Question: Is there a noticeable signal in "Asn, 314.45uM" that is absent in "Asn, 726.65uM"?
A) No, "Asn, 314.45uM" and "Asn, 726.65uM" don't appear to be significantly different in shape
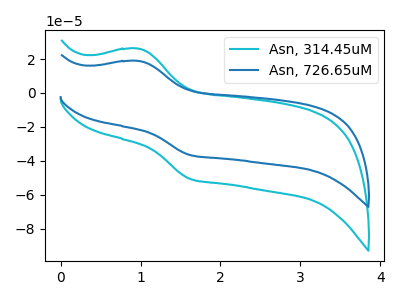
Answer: <think>The cyan curve "Asn, 314.45uM" has an anodic peak at (0.95V, 26.10uA) and a cathodic peak at (1.60V, -50.60uA). The blue curve "Asn, 726.65uM" has an anodic peak at (0.95V, 18.85uA) and a cathodic peak at (1.60V, -36.55uA).
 All the peaks in "Asn, 314.45uM" have a peak in "Asn, 726.65uM" at the same potential. Every peak in "Asn, 314.45uM" is higher than every peak in "Asn, 726.65uM".</think>
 <answer>A) No, "Asn, 314.45uM" and "Asn, 726.65uM" don't appear to be significantly different in shape</answer>
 <eval>A</eval>